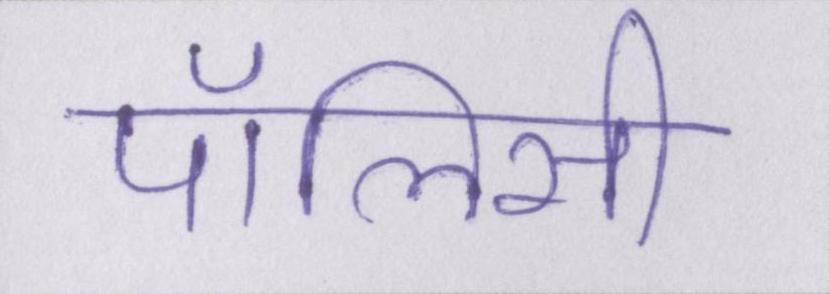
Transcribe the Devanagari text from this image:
पॉलिसी